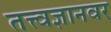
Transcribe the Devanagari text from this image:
तत्त्वज्ञानवर